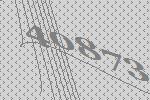
40873